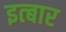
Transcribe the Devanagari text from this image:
इत्बार